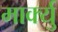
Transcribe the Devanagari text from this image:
मार्क्यु